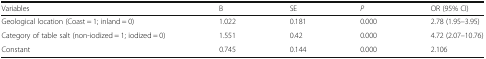
<table><thead><tr><td><b>Variables</b></td><td><b>B</b></td><td><b>SE</b></td><td><b><i>P</i></b></td><td><b>OR (95% CI)</b></td></tr></thead><tbody><tr><td>Geological location (Coast = 1; inland = 0)</td><td>1.022</td><td>0.181</td><td>0.000</td><td>2.78 (1.95–3.95)</td></tr><tr><td>Category of table salt (non-iodized = 1; iodized = 0)</td><td>1.551</td><td>0.42</td><td>0.000</td><td>4.72 (2.07–10.76)</td></tr><tr><td>Constant</td><td>0.745</td><td>0.144</td><td>0.000</td><td>2.106</td></tr></tbody></table>